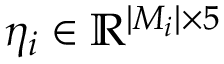
\eta _ { i } \in \mathbb { R } ^ { | M _ { i } | \times 5 }